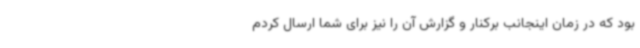
بود که در زمان اینجانب برکنار و گزارش آن را نیز برای شما ارسال کردم